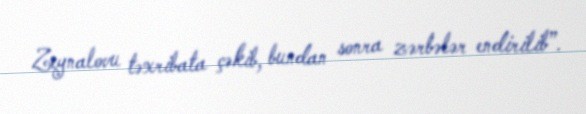
Zeynalovu təxribata çəkib, bundan sonra zərbələr endirilib”.